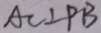
A C \bot P B